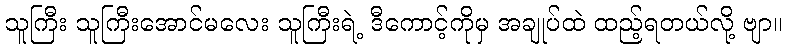
သူကြီး သူကြီးအောင်မလေး သူကြီးရဲ့ ဒီကောင့်ကိုမှ အချုပ်ထဲ ထည့်ရတယ်လို့ ဗျာ။